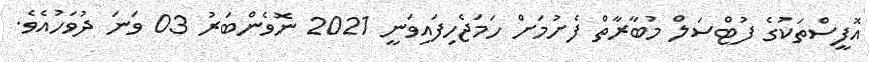
އޮފީސްތަކުގެ ފުޓްސަލް މުބާރާތް ފެށުމަށް ހަމަޖެހިފައިވަނީ 2021 ނޮވެންބަރު 03 ވަނަ ދުވަހުއެވެ.